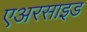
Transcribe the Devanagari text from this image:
एअरसाइड